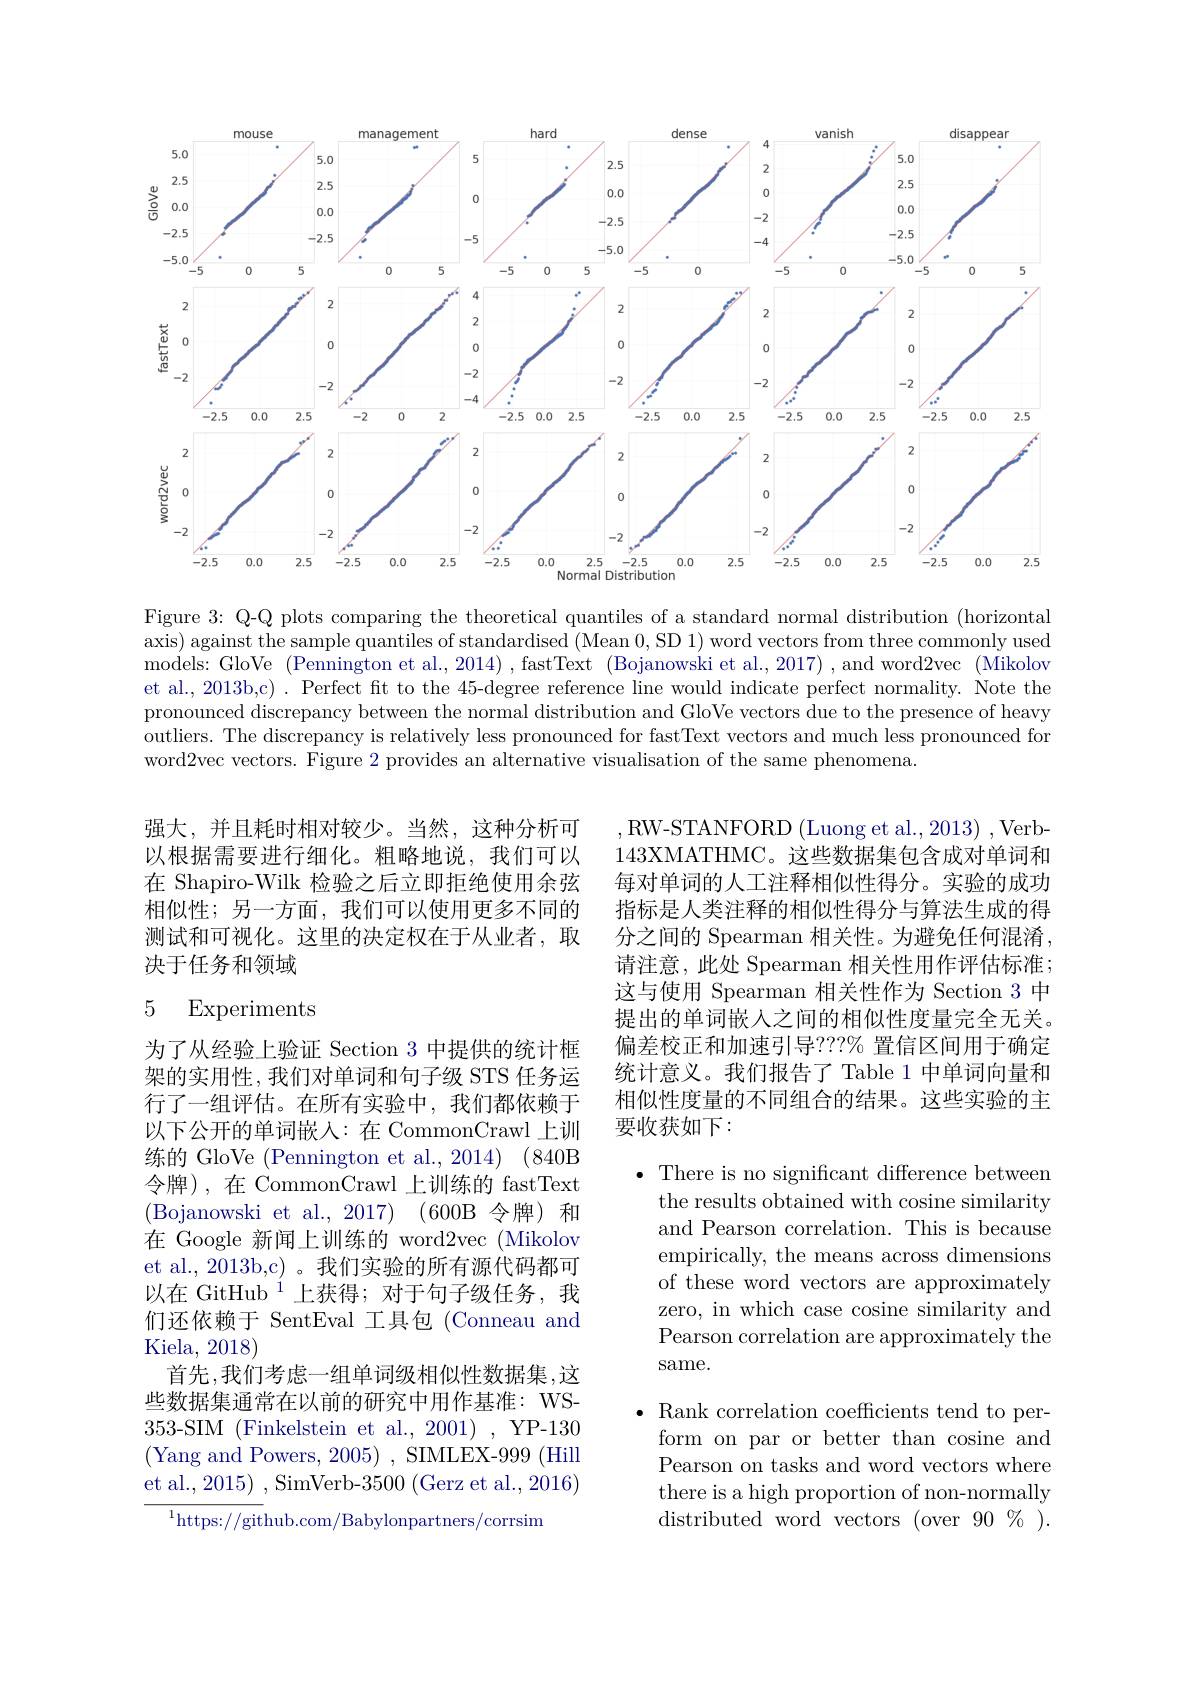
<FigureHere>

Figure 3: Q-Q plots comparing the theoretical quantiles of a standard normal distribution (horizontal axis) against the sample quantiles of standardised (Mean 0,SD 1) word vectors from three commonly used models: GloVe ( Pennington et al. , 2014) , fastText ( Bojanowski et al. , 2017) , and word2vec ( Mikolov et al., 2013b,c) . Perfect fit to the 45-degree reference line would indicate perfect normality. Note the pronounced discrepancy between the normal distribution and GloVe vectors due to the presence of heavy outliers. The discrepancy is relatively less pronounced for fastText vectors and much less pronounced for word2vec vectors. Figure 2 provides an alternative visualisation of the same phenomena.

强大，并且耗时相对较少。当然，这种分析可以根据需要进行细化。粗略地说，我们可以在 Shapiro-Wilk 检验之后立即拒绝使用余弦相似性；另一方面，我们可以使用更多不同的测试和可视化。这里的决定权在于从业者，取决于任务和领域

,RW-STANFORD(Luong et al.,2013),Verb- 143XMATHMC。这些数据集包含成对单词和每对单词的人工注释相似性得分。实验的成功指标是人类注释的相似性得分与算法生成的得分之间的 Spearman 相关性。为避免任何混淆， 请注意，此处 Spearman 相关性用作评估标准； 这与使用 Spearman 相关性作为 Section 3 中提出的单词嵌人之间的相似性度量完全无关。偏差校正和加速引导？??% 置信区间用于确定统计意义。我们报告了 Table 1 中单词向量和相似性度量的不同组合的结果。这些实验的主要收获如下：

## 5 Experiments

为了从经验上验证 Section 3 中提供的统计框架的实用性，我们对单词和句子级 STS 任务运行了一组评估。在所有实验中，我们都依赖于以下公开的单词嵌入：在 CommonCrawl 上训练的 GloVe (Pennington et al., 2014) (840B 令牌),在 CommonCrawl 上训练的 fastText (Bojanowski et al.,2017)(600B令牌)和在 Google 新闻上训练的 word2vec (Mikolov et al., 2013b,c) 。我们实验的所有源代码都可以在 GitHub $^{1}$上获得；对于句子级任务，我们还依赖于 SentEval 工具包 (Conneau and Kiela, 2018)
首先，我们考虑一组单词级相似性数据集，这些数据集通常在以前的研究中用作基准：WS- 353-SIM$\allowbreak ( {\mathrm{mod}} $Finkelstein et al. , 2001) ),YP-130 (Yang and Powers, 2005) , SIMLEX-999 (Hill et al., 2015) , SimVerb-3500 (Gerz et al., 2016)
$^{1}$https://github.com/Babylonpartners/corrsim

$\bullet$ There is no significant difference between
the results obtained with cosine similarity and Pearson correlation. This is because empirically, the means across dimensions of these word vectors are approximately zero, in which case cosine similarity and Pearson correlation are approximately the same.
$\bullet$ Rank correlation coefficients tend to per-
form on par or better than cosine and Pearson on tasks and word vectors where there is a high proportion of non-normally distributed word vectors (over 90$\%).$